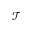
\mathcal { T }